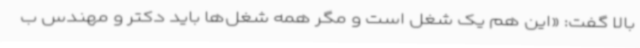
بالا گفت: «این هم یک شغل است و مگر همه شغل‌ها باید دکتر و مهندس ب